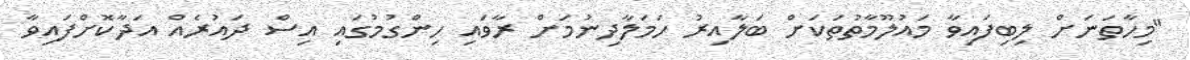
"މިހާތަނަށް ލިބިފައިވާ މައުލޫމާތުތަކަށް ބަލާއިރު ހަމަލާދިނުމަށް ރާވައި ހިންގުމުގައި އިސް ދައުރެއް އަދާކޮށްފައިވާ